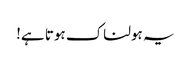
یہ ہولناک ہوتا ہے!